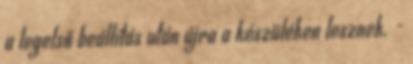
a legelső beállítás után újra a készüléken lesznek. -